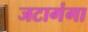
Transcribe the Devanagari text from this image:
जटागंगा